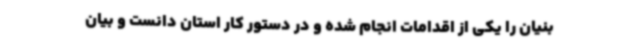
بنیان را یکی از اقدامات انجام شده و در دستور کار استان دانست و بیان